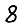
Digit: 8